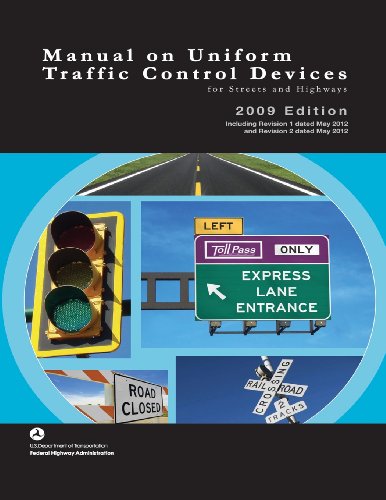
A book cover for Manual on Uniform Traffic Control Devices for Streets and Highways - 2009 Edition with 2012 Revisions; U. S. Department of Transportaton; Engineering & Transportation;